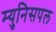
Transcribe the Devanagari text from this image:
म्युनिसपल